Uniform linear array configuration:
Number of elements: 48
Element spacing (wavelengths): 0.5
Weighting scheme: hann
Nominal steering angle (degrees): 60
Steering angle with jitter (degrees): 60.1
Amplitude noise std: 0.05
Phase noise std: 0.05

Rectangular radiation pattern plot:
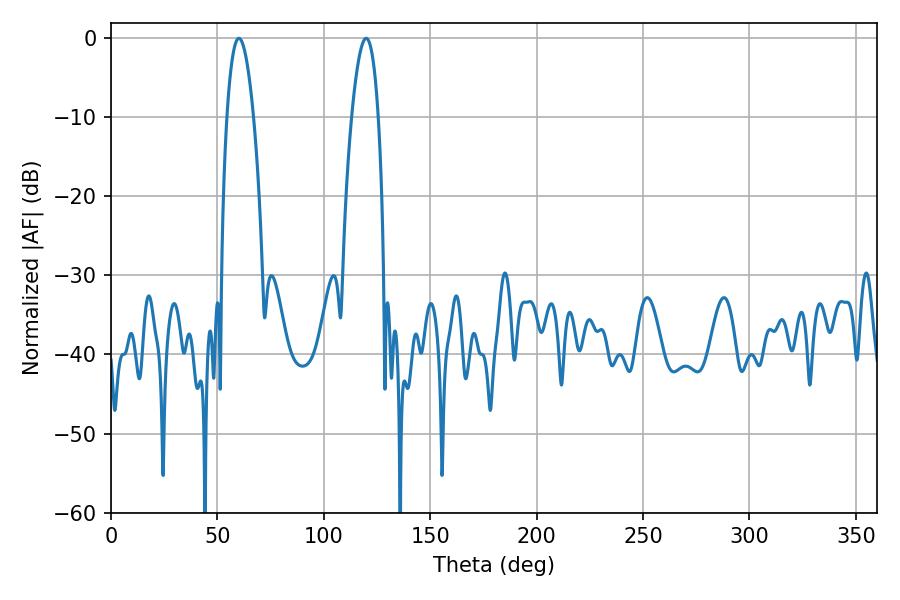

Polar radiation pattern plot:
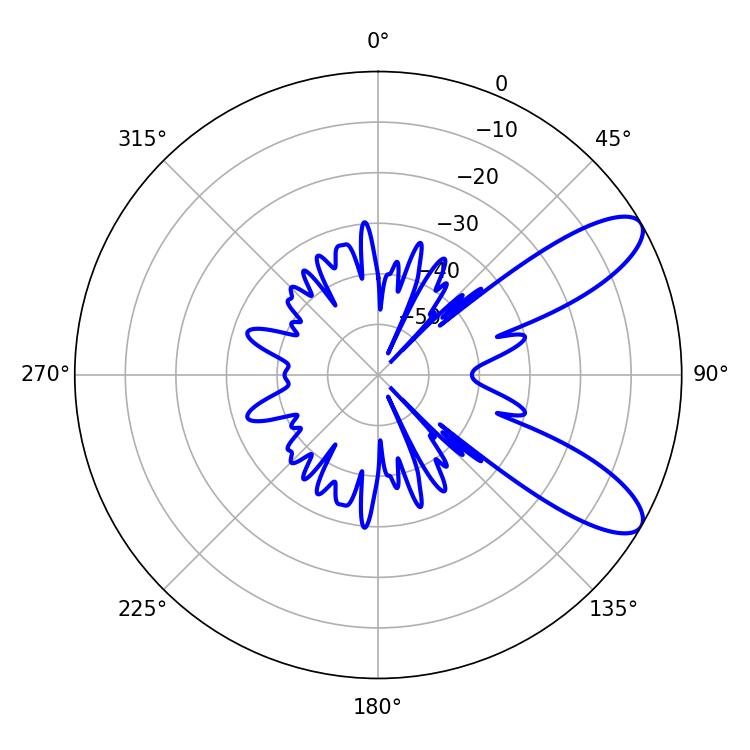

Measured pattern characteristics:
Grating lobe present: FALSE
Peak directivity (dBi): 9.49
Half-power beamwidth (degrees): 6.84
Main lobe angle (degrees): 60.12